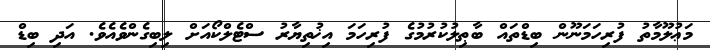
މަޢުލޫމާތު ފުރިހަމަނޫން ބިޑްތައް ބާޠިލުކުރުމުގެ ފުރިހަމަ އިޚުތިޔާރު ސްޓެލްކޯއަށް ލިބިގެންވެއެވެ. އަދި ބިޑް